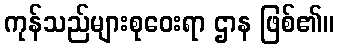
ကုန်သည်များစုဝေးရာ ဌာန ဖြစ်၏။